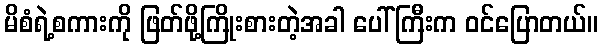
မိစံရဲ့စကားကို ဖြတ်ဖို့ကြိုးစားတဲ့အခါ ပေါ်ကြီးက ဝင်ပြောတယ်။